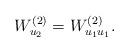
LaTeX: \begin{align*} W^{(2)}_{u_2}=W^{(2)}_{u_1u_1}.\end{align*}